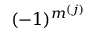
( - 1 ) ^ { m ^ { ( j ) } }